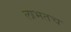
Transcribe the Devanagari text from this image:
लाभतच